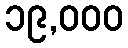
၁၉,၀၀၀